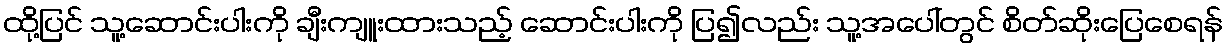
ထို့ပြင် သူ့ဆောင်းပါးကို ချီးကျူးထားသည့် ဆောင်းပါးကို ပြ၍လည်း သူ့အပေါ်တွင် စိတ်ဆိုးပြေစေရန်